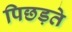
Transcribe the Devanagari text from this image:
पिछड़ते